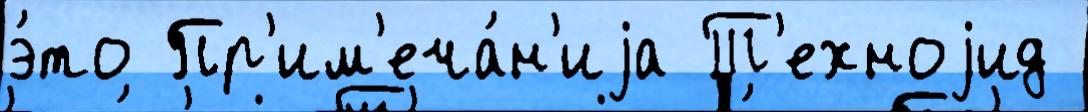
э́то Пр'им'еча́н'иjа Т'ехноjид